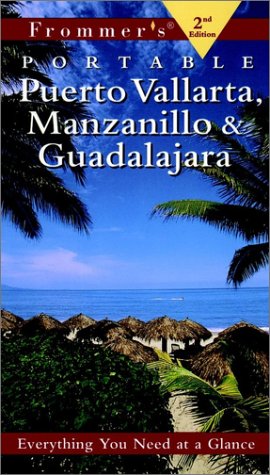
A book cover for Frommer's Puerto Vallarta, Manzanillo & Guadalajara (Frommer's Portable); David Baird; Travel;